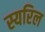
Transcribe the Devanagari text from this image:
स्यरिल